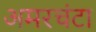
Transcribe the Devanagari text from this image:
अमरचंटा